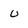
Character: u